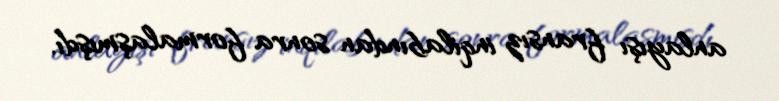
anlayışı fransız inqilabından sonra formalaşmışdı.